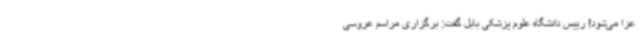
عزا می‌شود! رییس دانشگاه علوم پزشکی بابل گفت: برگزاری مراسم عروسی